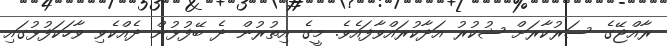
ރާއްޖޭގެ ސަރުކާރަށް ޝުކުރު އަދާކުރައްވާފައެވެ. މީގެ އިތުރުން ދެ ބޭފުޅުން ދެއްކެވި ވާހަކަފުޅުގައި